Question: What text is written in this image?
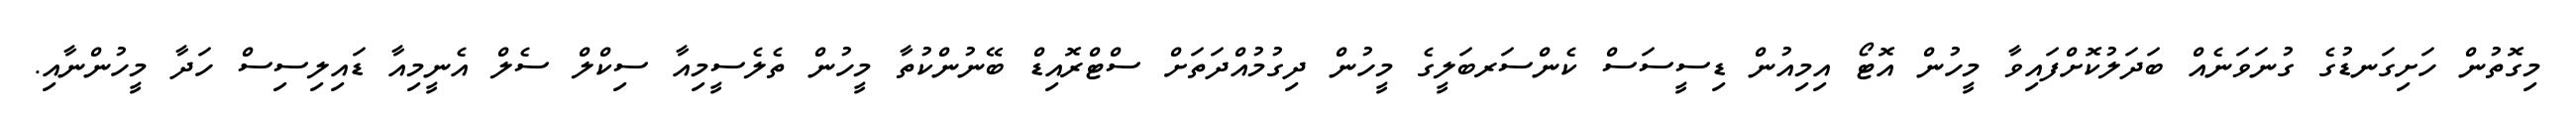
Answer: މިގޮތުން ހަށިގަނޑުގެ ގުނަވަނެއް ބަދަލުކޮށްފައިވާ މީހުން އޮޓޯ އިމިއުން ޑިސީސަސް ކެންސަރބަލީގެ މީހުން ދިގުމުއްދަތަށް ސްޓްރޮއިޑް ބޭނުންކުތާ މީހުން ތެލެސީމިއާ ސިކްލް ސެލް އެނީމިއާ ޑައިލިސިސް ހަދާ މީހުންނާއި.